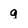
Character: g